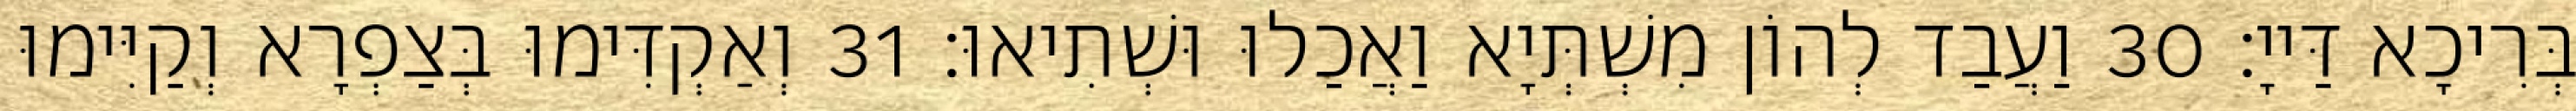
בְּרִיכָא דַּייָ׃ 30 וַעֲבַד לְהוֹן מִשְׁתְּיָא וַאֲכַלוּ וּשְׁתִיאוּ׃ 31 וְאַקְדִּימוּ בְּצַפְרָא וְקַיִּימוּ